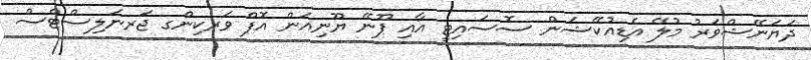
ދަޔަނޭޝްވަރު މުލޭ އެޑިއުކޭޝަން ސޮސައިޓީ އާއި ޕޫނޭ ޔޫނިއަން އޮފް ވަރކިންގ ޖަރނަލިސްޓްސް